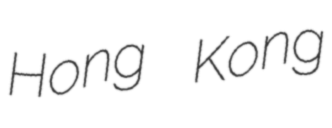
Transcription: Hong Kong